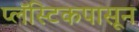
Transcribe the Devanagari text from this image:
प्लॅस्टिकपासून